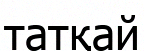
татқай